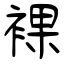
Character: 裸